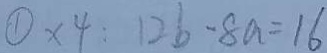
\textcircled { 1 } x 4 : 1 2 b - 8 a = 1 6